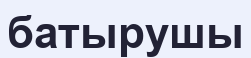
батырушы